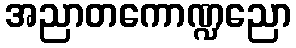
အညာတကောဏ္ဍညော